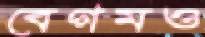
বেগমও